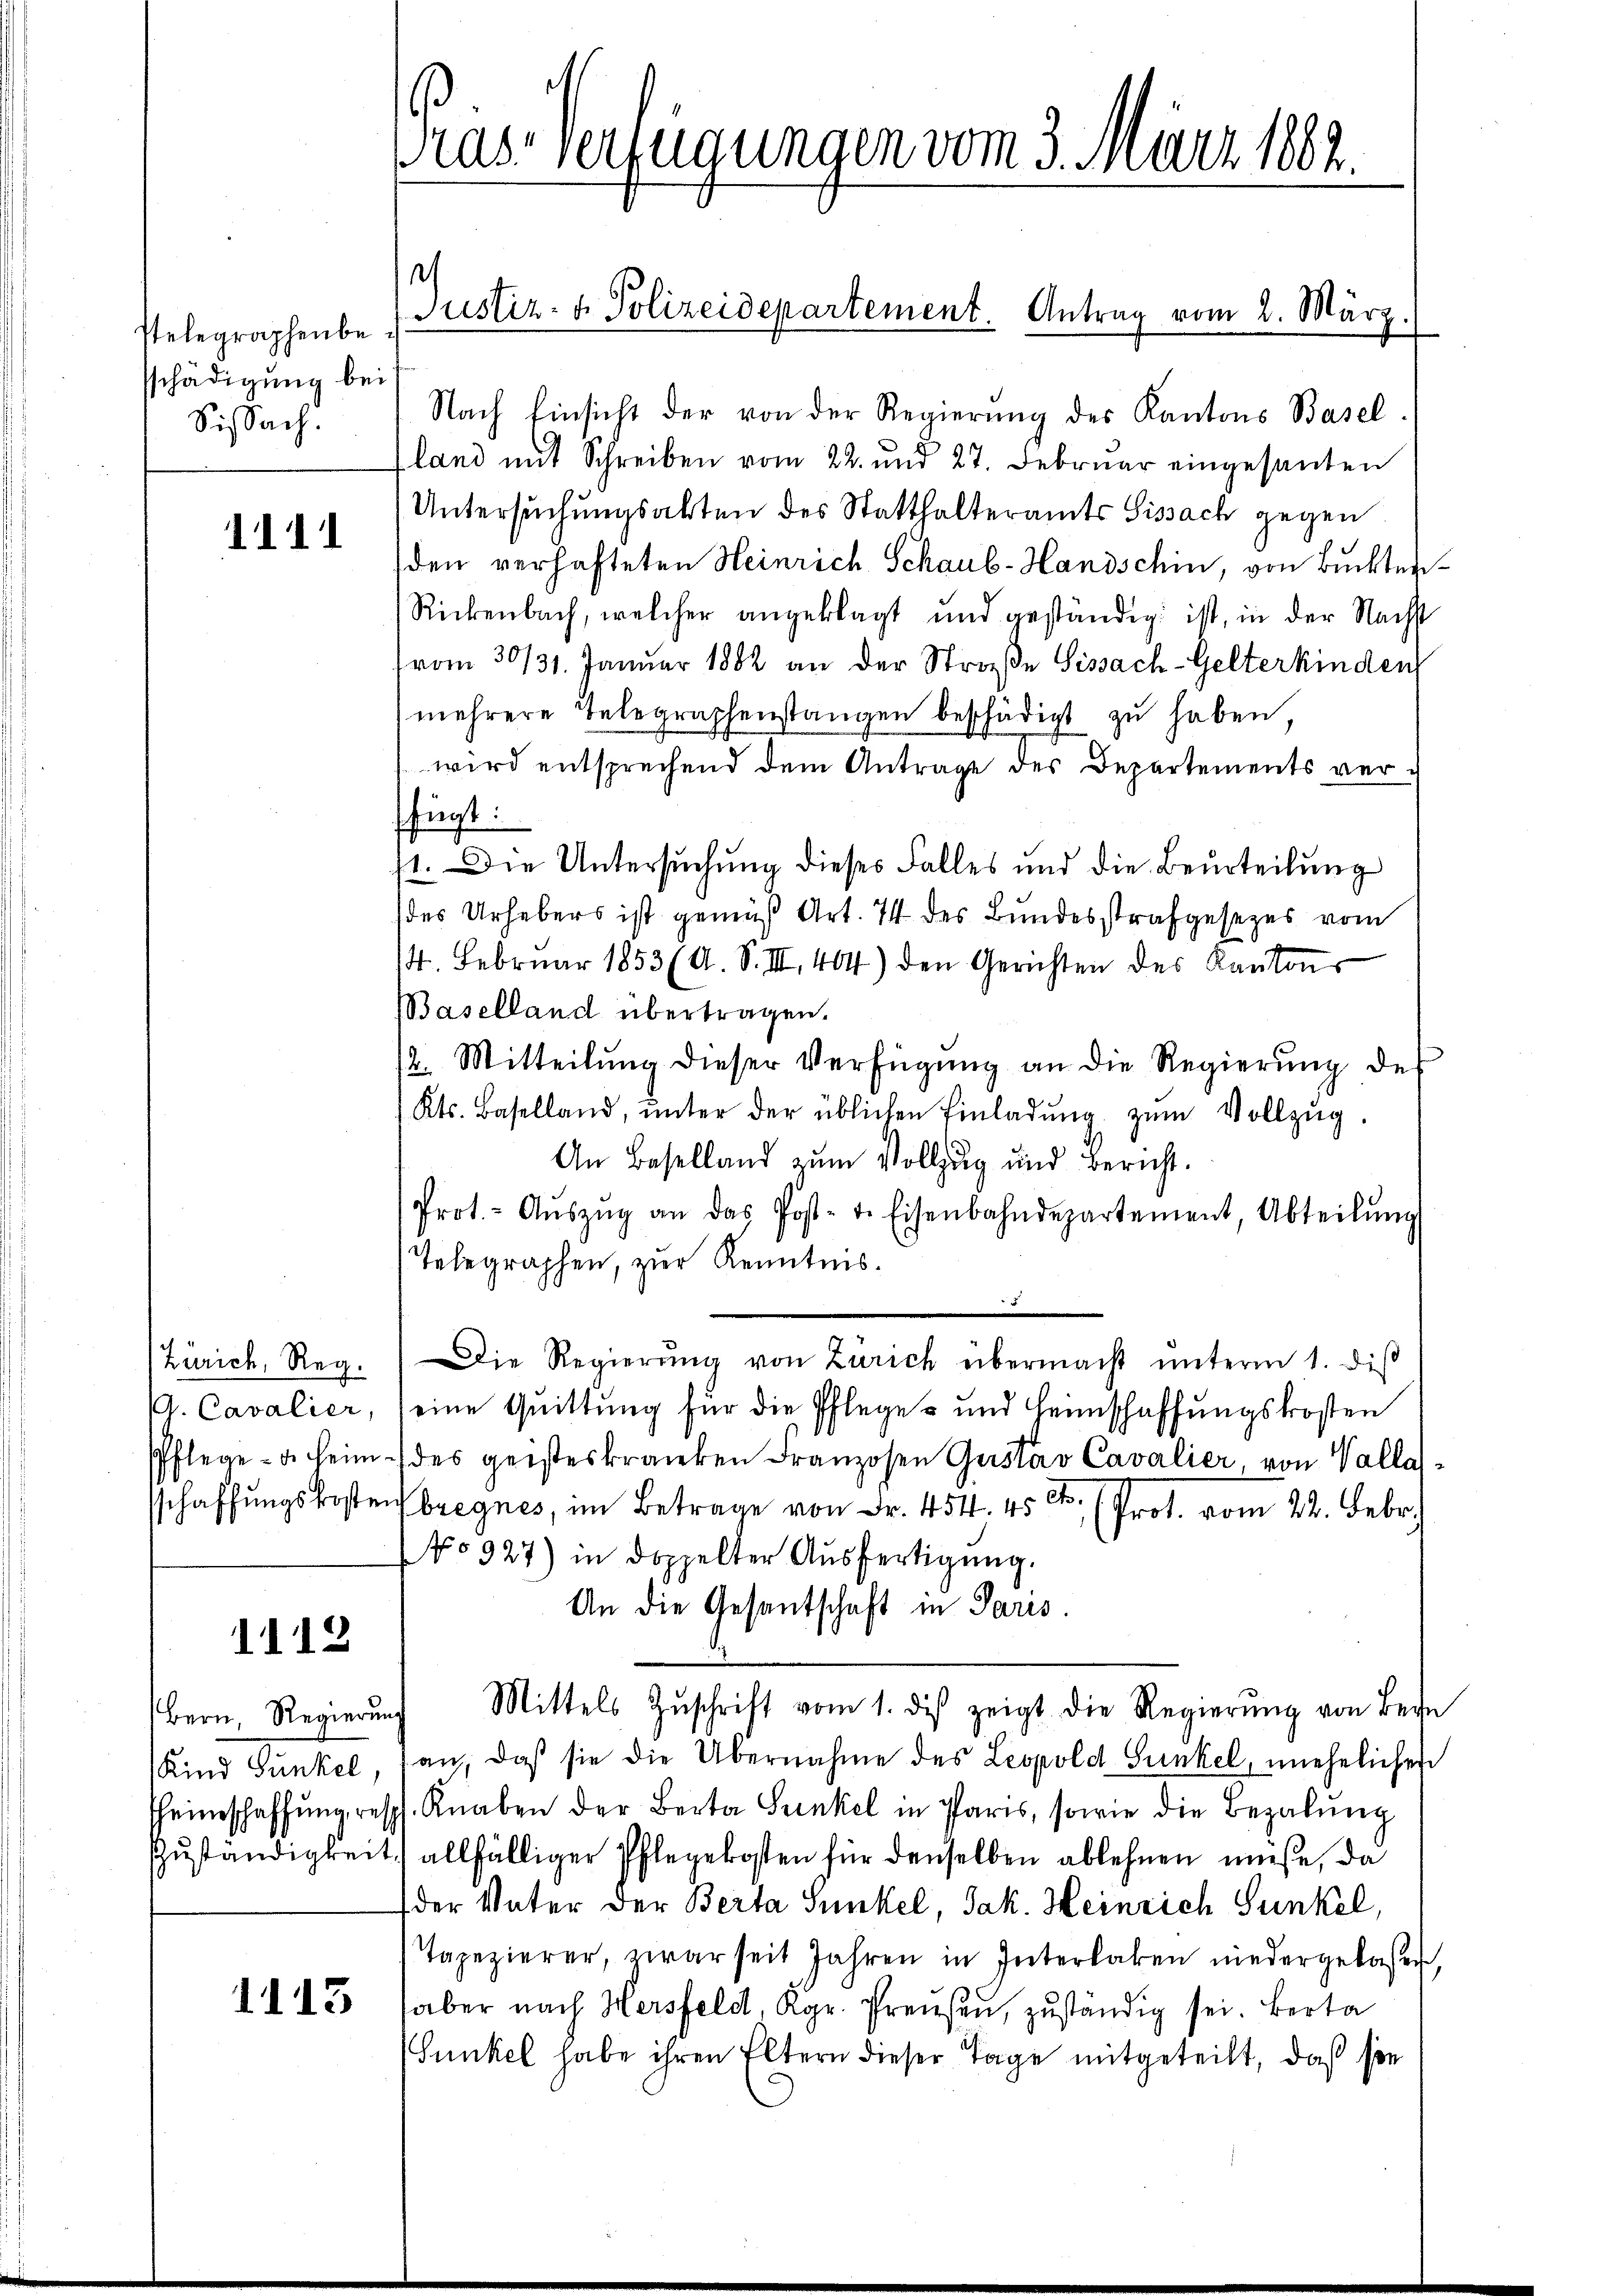
stelegraphenbesschädigung bei
Sissach.

1111

Zürich, Reg.
G. Cavalier,

1112

Bern, Regierung
Kind Sunkel,

1113

Pras-Verfügungen vom 3. März 1882.

Justiz- & Polizeidepartement. Antrag vom 2. März.

Nach Einsicht der von der Regierŭng des Kantons Basel.
land mit Schreiben vom 22. und 27. Februar eingesanten
Untersuchungsakten des Statthalteramts Sissach gegen
den verhafteten Heinrich Schaub-Handschin, von Buckter
Rickenbach, welcher angeklagt und geständig ist, in der Nächst
vom 30/31. Januar 1882 an der Straße Sissach-Gelterkinden
mehrere Telegraphenstangen beschädigt zu haben
wird entsprechend dem Antrage des Departements verffügt:
1. Die Untersuchung dieses Falles und die Beurteilung
des Urhebers ist gemäß Art. 74 des Bundesstrafgesezes vom
/4. Februar 1853 (A. S. III. 404) den Gerichten des Kantons
Baselland übertragen.
/2. Mitteilŭng dieser Verfügŭng an die Regierŭng des
Kts. Baselland, ŭnter der üblichen Einladŭng zŭm Vollzŭg.
An Baselland zum Vollzug und Bericht.
Prot. - Aŭszŭg an das Post- u. Eisenbahndepartement, Abteilŭng
Telegraphen, zur Kenntnis.
Die Regierŭng von Zürich übermacht ŭnterm 1. diβ
eine Quittung für die Pflege- und Heimschaffungskosten
Pflege - u. heim (des geisteskranken Franzosen Gustav Cavalier, von Valla
sschaffungskosten bregnes, im Betrage von Fr. 454. 45 Ct. (Prot. vom 22. Febr.
No 927) in doppelter Aŭsfertigung.
An die Gesantschaft in Paris.
Mittels Zŭschrift vom 1. des zeigt die Regierŭng von Begn
an, daß sie die Übernahme des Leopold Sunkel, unehelichen
Eheinschaffŭng resch. Knaben der Berta Senkel in Paris, sowie die Begabŭng
Zuständigkeit, allfälliger Pflegekosten für denselben ablehnen müße, da
der Vater der Berta Sunkel, Jak. Heinrich Sunkel,
Tapezierer, zwar seit Jahren in Interlaken niedergebachen
aber nach Hersfeld, Kgr. Preisen, zuständig sei. Berta
Sunkel habe ihren Eltern dieser Tage mitgeteilt, daß sie

1